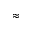
\approx